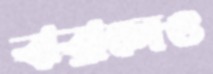
ঝরালেও